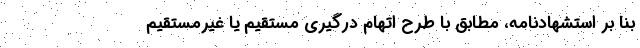
بنا بر استشهادنامه، مطابق با طرح اتهام درگیری مستقیم یا غیرمستقیم